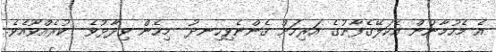
އެ މެހުމާނުން އެކަލޭގެފާނުގެ އަރިހަށް ގެންނެވިހިނދު  މިހެން ވިދާޅުވެ  ކުރެއްވޫއެވެ.